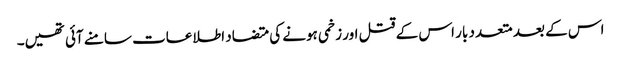
اس کے بعد متعدد بار اس کے قتل اور زخمی ہونے کی متضاد اطلاعات سامنے آئی تھیں۔